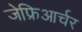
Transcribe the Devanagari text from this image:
जेफ्रिआर्चर